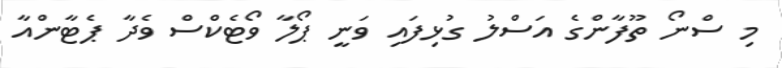
މި ސްނޯ ތޫފާންގެ އަސްލު ގުޅިފައި ވަނީ ޕޯލާ ވޯޓެކްސް ވެދާ ޕެޓާންއާ